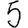
Digit: 5